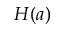
H ( a )